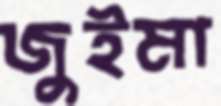
জুইমা